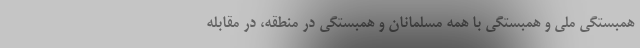
همبستگی ملی و همبستگی با همه مسلمانان و همبستگی در منطقه، در مقابله